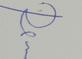
Signature authenticity: genuine